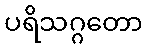
ပရိသဂ္ဂတော